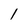
Character: 1